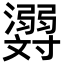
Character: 𬉪